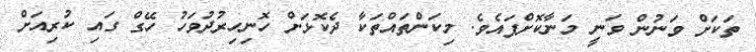
ތަކަށް ވަނުން ވަނީ މަނާކޮށްފައެވެ. މިކަންތައްތަކާ ދެކޮޅަށް ހޮނިހިރުދުވަހު ހޭގް ގައި ކުރިއަށް